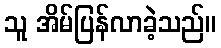
သူ အိမ်ပြန်လာခဲ့သည်။